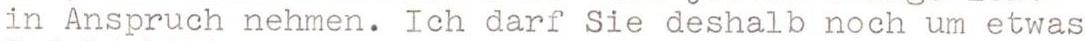
in Anspruch nehmen. Ich darf Sie deshalb noch um etwas